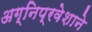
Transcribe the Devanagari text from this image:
अग्‍निप्रवेशाने